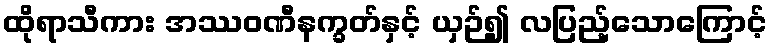
ထိုရာသီကား အဿဝဏီနက္ခတ်နှင့် ယှဉ်၍ လပြည့်သောကြောင့်